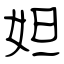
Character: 妲